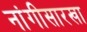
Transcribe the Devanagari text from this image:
नांगीसारखा